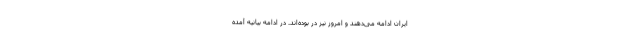
ایران ادامه می‌دهند و امروز نیز در بوده‌اند. در ادامه بیانیه آمده